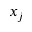
x _ { j }